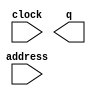
module onchip_rom (
	address,
	clock,
	q);

	input	[15:0]  address;
	input	  clock;
	output	[16:0]  q;
`ifndef ALTERA_RESERVED_QIS
// synopsys translate_off
`endif
	tri1	  clock;
`ifndef ALTERA_RESERVED_QIS
// synopsys translate_on
`endif

endmodule